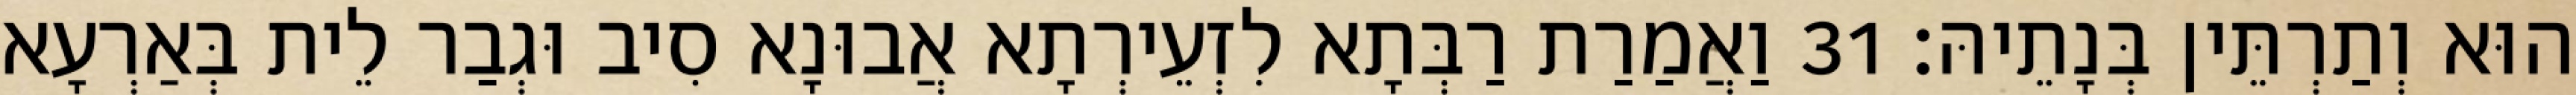
הוּא וְתַרְתֵּין בְּנָתֵיהּ׃ 31 וַאֲמַרַת רַבְּתָא לִזְעֵירְתָא אֲבוּנָא סִיב וּגְבַר לֵית בְּאַרְעָא